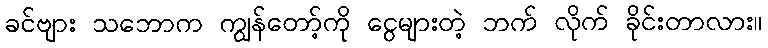
ခင်ဗျား သဘောက ကျွန်တော့်ကို ငွေများတဲ့ ဘက် လိုက် ခိုင်းတာလား။